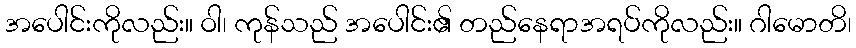
အပေါင်းကိုလည်း။ ဝါ၊ ကုန်သည် အပေါင်း၏ တည်နေရာအရပ်ကိုလည်း။ ဂါမောတိ၊